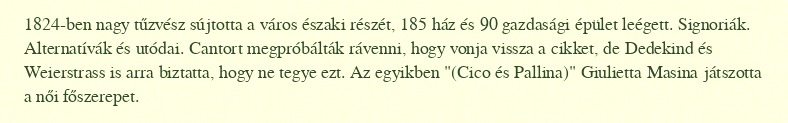
1824-ben nagy tűzvész sújtotta a város északi részét, 185 ház és 90 gazdasági épület leégett. Signoriák. Alternatívák és utódai. Cantort megpróbálták rávenni, hogy vonja vissza a cikket, de Dedekind és Weierstrass is arra biztatta, hogy ne tegye ezt. Az egyikben "(Cico és Pallina)" Giulietta Masina játszotta a női főszerepet.